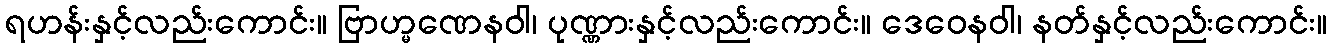
ရဟန်းနှင့်လည်းကောင်း။ ဗြာဟ္မဏေနဝါ၊ ပုဏ္ဏားနှင့်လည်းကောင်း။ ဒေဝေနဝါ၊ နတ်နှင့်လည်းကောင်း။